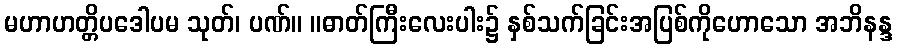
မဟာဟတ္တိပဒေါပမ သုတ်၊ ပဏ်။ ။ဓာတ်ကြီးလေးပါး၌ နှစ်သက်ခြင်းအပြစ်ကိုဟောသော အဘိနန္ဒ